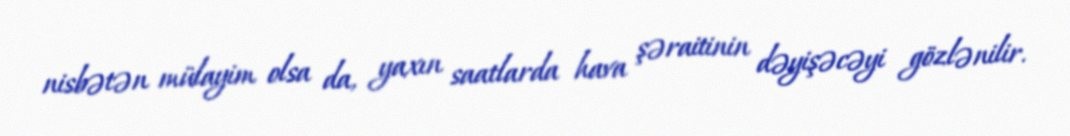
nisbətən mülayim olsa da, yaxın saatlarda hava şəraitinin dəyişəcəyi gözlənilir.